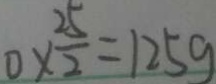
0 \times \frac { 2 5 } { 2 } = 1 2 5 g